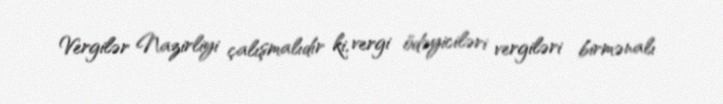
Vergilər Nazirliyi çalışmalıdır ki, vergi ödəyiciləri vergiləri birmənalı